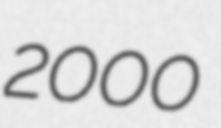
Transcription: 2000